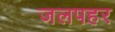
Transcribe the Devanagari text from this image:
जलपहर